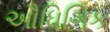
ઔધિગિક